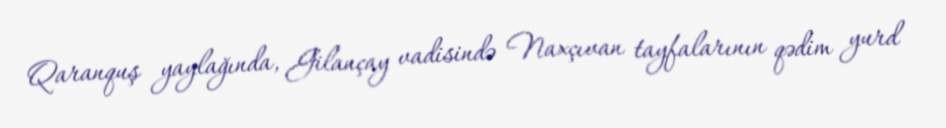
Qaranquş yaylağında, Gilançay vadisində Naxçıvan tayfalarının qədim yurd